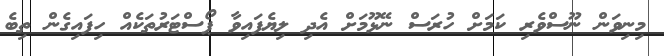
މިނިވަން ނޫސްވެރި ކަމަށް ހުރަސް ނޭޅޫމަށް އެދި ލިޔެފައިވާ ޕޯސްޓަރުތަކެއް ހިފައިގެން ތިބެ